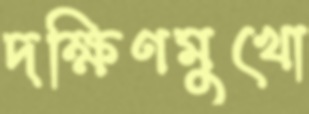
দক্ষিণমুখো